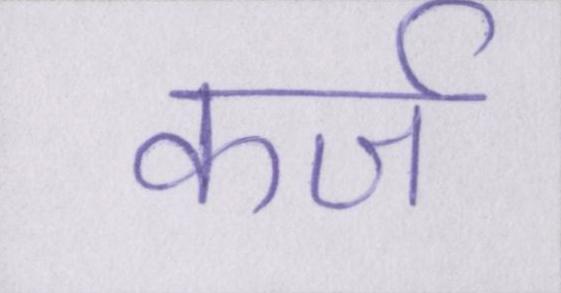
कर्ज